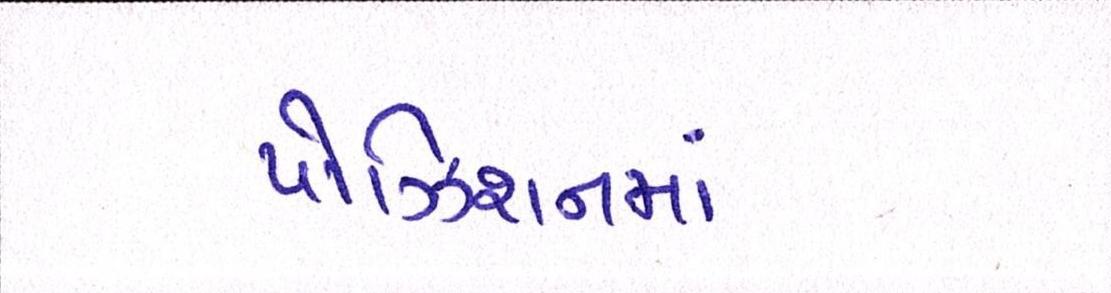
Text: પોઝિશનમાં